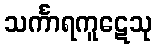
သင်္ကာရကူဋေသု